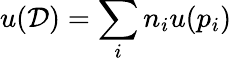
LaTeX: u(\mathcal{D})=\sum_{i}n_{i}u(p_{i})